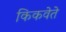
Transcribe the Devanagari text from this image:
किकवेते